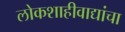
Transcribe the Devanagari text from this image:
लोकशाहीवाद्यांचा